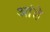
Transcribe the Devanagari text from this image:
आंहे